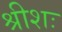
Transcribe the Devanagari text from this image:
श्रीशः